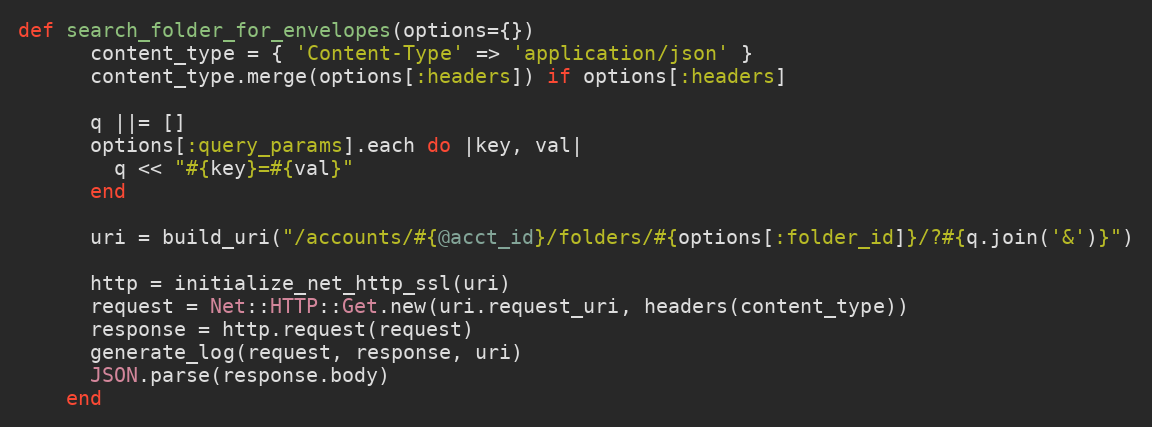
Language: Ruby
def search_folder_for_envelopes(options={})
      content_type = { 'Content-Type' => 'application/json' }
      content_type.merge(options[:headers]) if options[:headers]

      q ||= []
      options[:query_params].each do |key, val|
        q << "#{key}=#{val}"
      end

      uri = build_uri("/accounts/#{@acct_id}/folders/#{options[:folder_id]}/?#{q.join('&')}")

      http = initialize_net_http_ssl(uri)
      request = Net::HTTP::Get.new(uri.request_uri, headers(content_type))
      response = http.request(request)
      generate_log(request, response, uri)
      JSON.parse(response.body)
    end